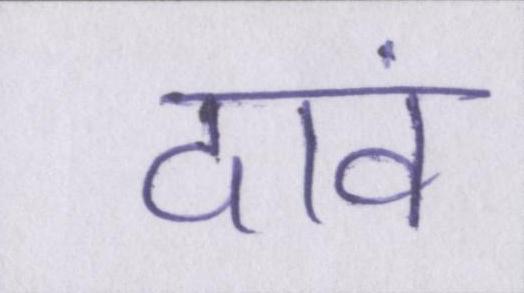
दावं